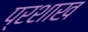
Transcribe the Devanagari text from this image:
प्रशाख